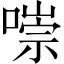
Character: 𠼾